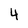
Character: 4